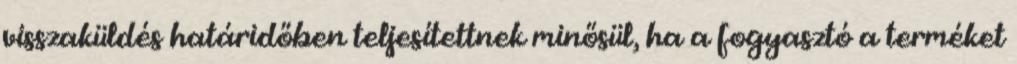
visszaküldés határidőben teljesítettnek minősül, ha a fogyasztó a terméket